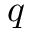
q